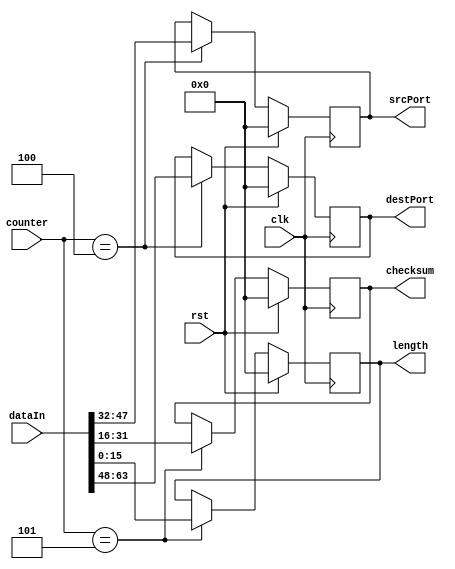
module udpDecoder (
    input clk, rst,
    input [63:0] dataIn,
    input [6:0] counter,
    output reg [15:0] srcPort,
    output reg [15:0] destPort,
    output reg [15:0] length,
    output reg [15:0] checksum
);

reg [15:0] srcPortNext;
reg [15:0] destPortNext;
reg [15:0] lengthNext;
reg [15:0] checksumNext;

always @(posedge clk) begin
    srcPort <= srcPortNext;
    destPort <= destPortNext;
    length <= lengthNext;
    checksum <= checksumNext;
end

always @* begin
    srcPortNext = srcPort;
    destPortNext = destPort;
    lengthNext = length;
    checksumNext = checksum;
    if (rst) begin
        srcPortNext = 16'h0;
        destPortNext = 16'h0;
        lengthNext = 16'h0;
        checksumNext = 16'h0;
    end else begin
        case (counter)
            4: begin
                srcPortNext = dataIn[47:32];
                destPortNext = dataIn[63:48];
            end
            5: begin
                lengthNext = dataIn[15:0];
                checksumNext = dataIn[31:16];
            end
        endcase
    end
end
    
endmodule